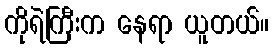
ကိုရဲကြီးက နေရာ ယူတယ်။